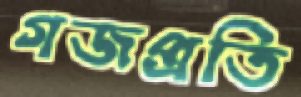
গজপ্রতি